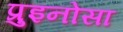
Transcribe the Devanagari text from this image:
प्रुइनोसा